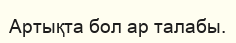
Артықта бол ар талабы.